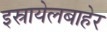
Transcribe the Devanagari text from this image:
इस्रायेलबाहेर